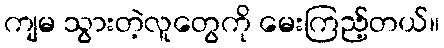
ကျမ သွားတဲ့လူတွေကို မေးကြည့်တယ်။